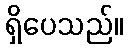
ရှိပေသည်။